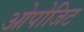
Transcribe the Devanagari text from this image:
ओपोजिट